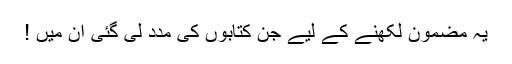
یہ مضمون لکھنے کے لیے جن کتابوں کی مدد لی گئی اُن میں !